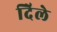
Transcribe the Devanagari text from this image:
दिेले